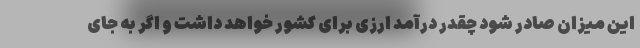
این میزان صادر شود چقدر درآمد ارزی برای کشور خواهد داشت و اگر به جای